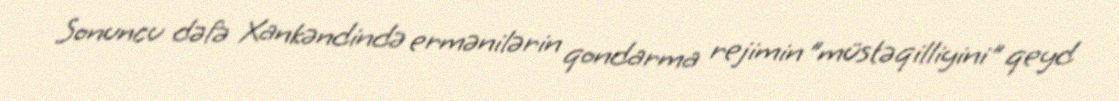
Sonuncu dəfə Xankəndində ermənilərin qondarma rejimin ”müstəqilliyini" qeyd